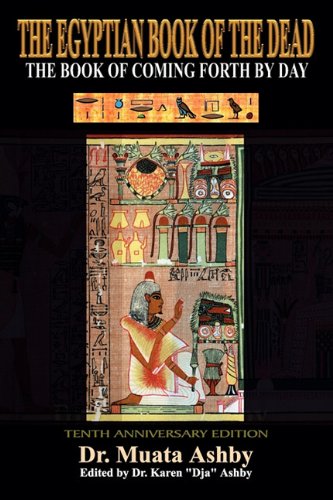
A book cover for Ancient Egyptian Book of the Dead; Muata Ashby; Religion & Spirituality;